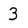
Character: 3